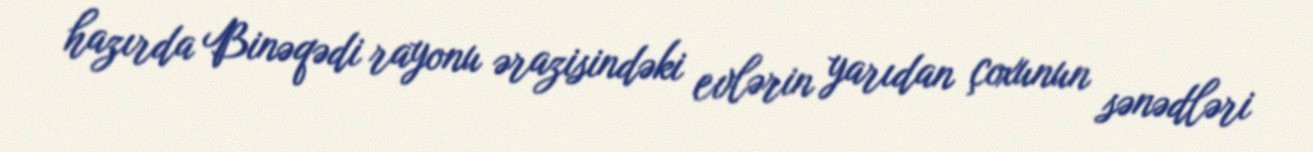
hazırda Binəqədi rayonu ərazisindəki evlərin yarıdan çoxunun sənədləri